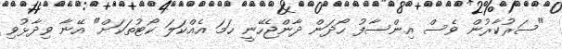
"ސަރުކާރުން ވެސް އިންސާފު ހޯދަން ދާންޖެހޭނީ ހަމަ އެއްކަލަ ކޯޓުތަކަށް" އޭނާ ވިދާޅުވި